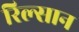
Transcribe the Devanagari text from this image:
रिल्सान